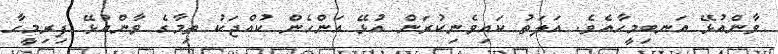
ވާންއުޅޭ އަނބިމީހާއެވެ. އަލަތު ކައިވެނިކުރަން އުޅޭ އަންހެން ކުއްޖަކު ތިމާގެ ވާންއުޅޭ ފިރިމީހާ